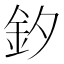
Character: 釸